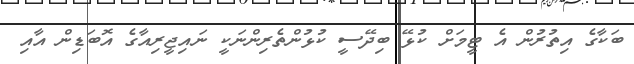
ބަކާގެ އިތުރުން އެ ޓީމަށް ކުޅޭ ބިދޭސީ ކުޅުންތެރިންނަކީ ނައިޖީރިއާގެ އޮބަޑިން އާއި